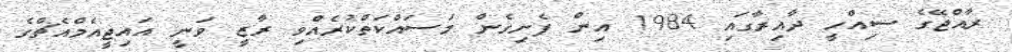
ރާއްޖޭގެ ސިއްހީ ދާއިރާގައި 1984 އިން ފެށިގެން މަސައްކަތްކުރެއްވި ރާޒީ ވަނީ އައިޖީއެމްއެޗްގެ